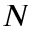
N